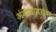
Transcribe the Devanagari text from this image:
अंदाजाबरोबर